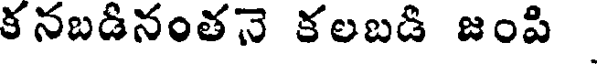
కనబడినంతనె కలబడి జంపి